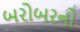
બરોબરનો